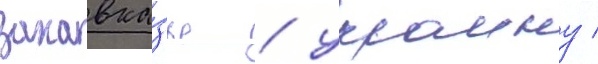
закавка́зье / украину /